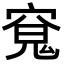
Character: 𭔊